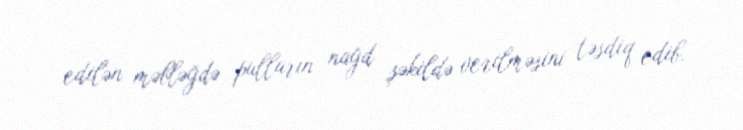
edilən məbləğdə pulların nağd şəkildə verilməsini təsdiq edib.